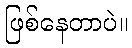
ဖြစ်နေတာပဲ။